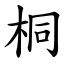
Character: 桐